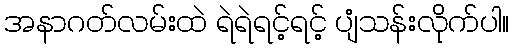
အနာဂတ်လမ်းထဲ ရဲရဲရင့်ရင့် ပျံသန်းလိုက်ပါ။